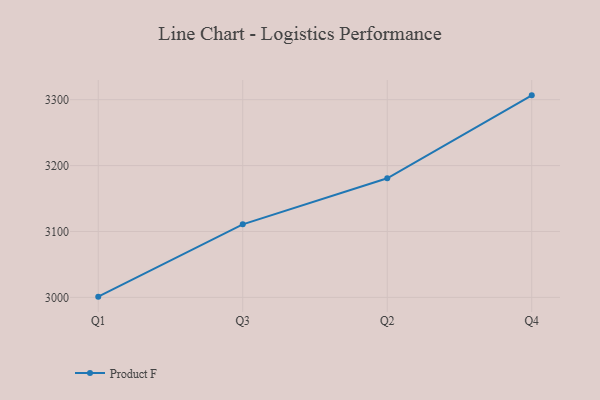
{"axis": {"x": "Quarter", "y": "Satisfaction Score"}, "legend": ["Product F"], "data": [{"x": "Q1", "y": 3001.1, "type": "Product F"}, {"x": "Q3", "y": 3110.8, "type": "Product F"}, {"x": "Q2", "y": 3180.7, "type": "Product F"}, {"x": "Q4", "y": 3306.6, "type": "Product F"}]}